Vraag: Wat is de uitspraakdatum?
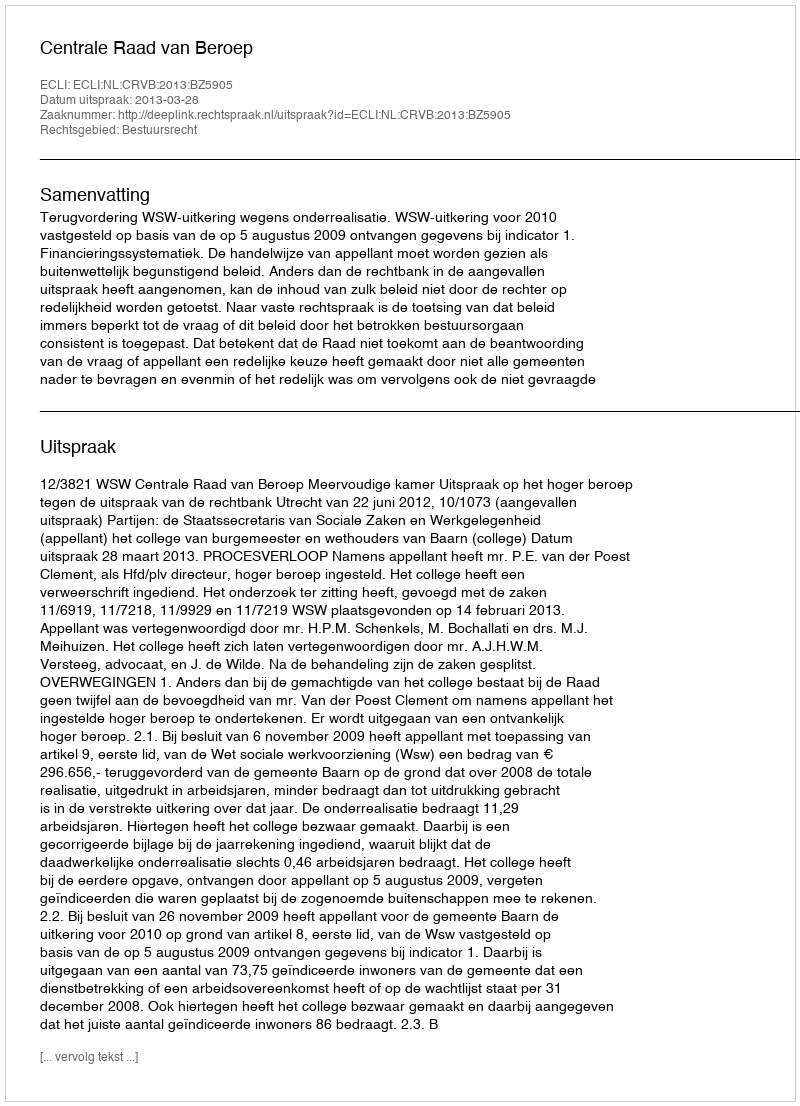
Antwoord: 2013-03-28